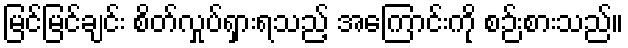
မြင်မြင်ချင်း စိတ်လှုပ်ရှားရသည့် အကြောင်းကို စဉ်းစားသည်။